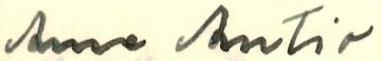
Anna Antin